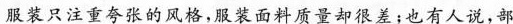
服装只注重夸张的风格，服装面料质量却很差；也有人说，部